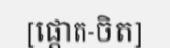
[ផ្តោត-ចិត]